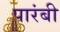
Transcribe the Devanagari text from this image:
पारंबी